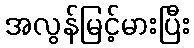
အလွန်မြင့်မားပြီး